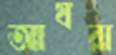
আযরা